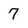
Character: 7